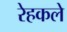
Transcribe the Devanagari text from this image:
रेहकले